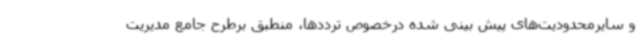
و سایرمحدودیت‌های پیش بینی شده درخصوص ترددها، منطبق برطرح جامع مدیریت